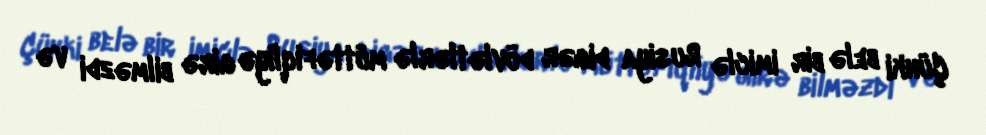
Çünki belə bir imiclə Rusiya digər dövlətlərlə müttəfiqliyə girə bilməzdi və